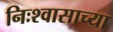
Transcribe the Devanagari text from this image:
निःश्वासाच्या